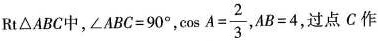
Rt△ABC中，$$∠ABC=90°$$， $$\cos A= \frac{2}{3}$$, $$AB=4$$，过点C作